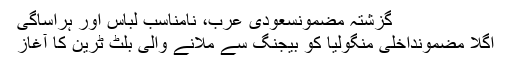
گزشتہ مضمونسعودی عرب، نامناسب لباس اور ہراساگی
اگلا مضمونداخلی منگولیا کو بیجنگ سے ملانے والی بلٹ ٹرین کا آغاز